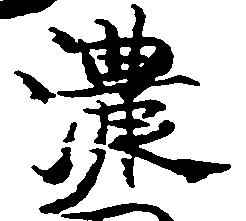
濃